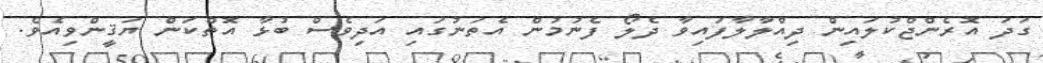
ގަދަ އޮރެންޖްކުލައިން ދިއްލާލާފައިވާ ދެލޯ ފެނުމުން އެތަނުގައި އަދިވެސް ބުޅާ އޮތްކަން ޔަޤީންވިއެވެ.